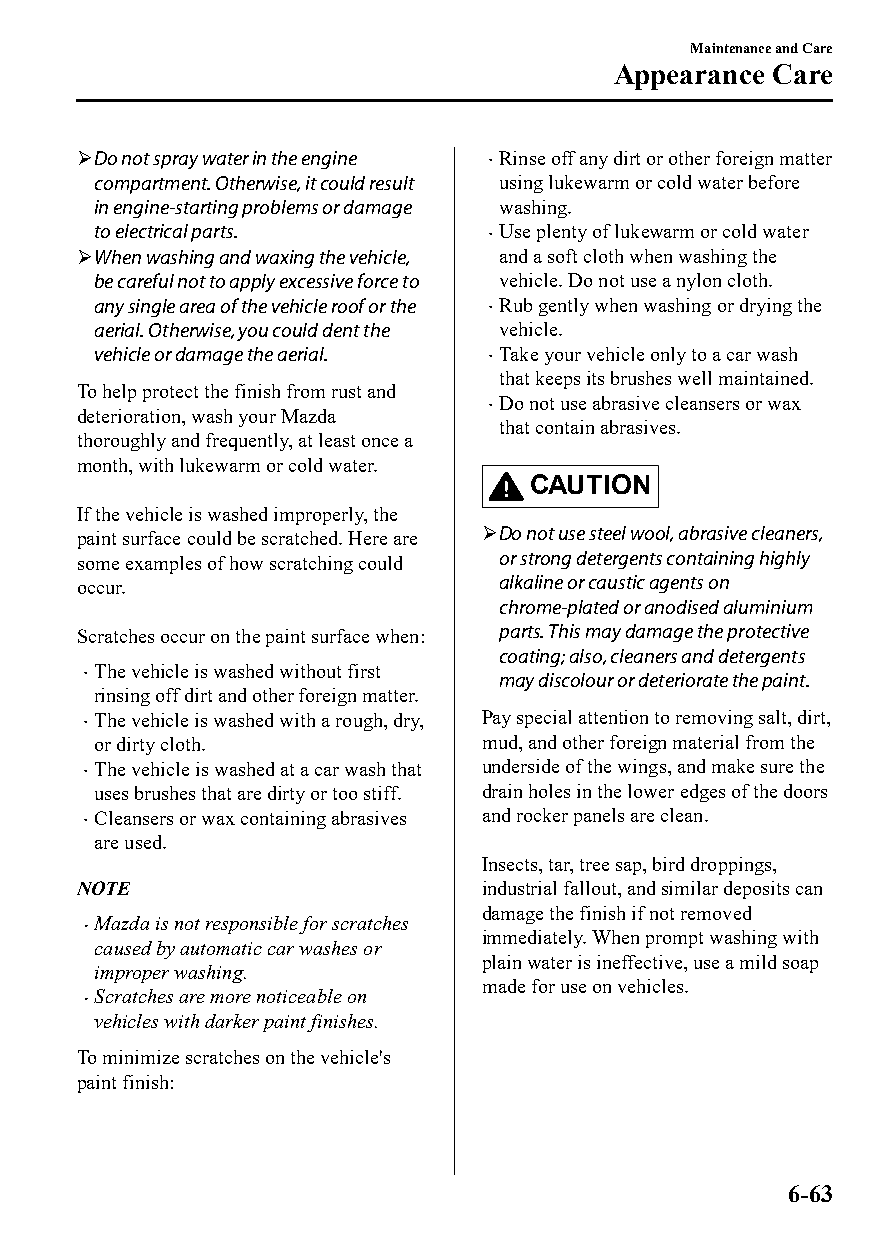
Maintenance and Care
 Appearance Care
 Do not spray water in the engine Rinse off any dirt or other foreign matter
 
 compartment. Otherwise, it could result using lukewarm or cold water before
 in engine-starting problems or damage washing.
 to electrical parts.       Use plenty of lukewarm or cold water
 
 When washing and waxing the vehicle, and a soft cloth when washing the
 be careful not to apply excessive force to vehicle. Do not use a nylon cloth.
 any single area of the vehicle roof or the Rub gently when washing or drying the
 
 aerial. Otherwise, you could dent the vehicle.
 vehicle or damage the aerial. Take your vehicle only to a car wash
 
 that keeps its brushes well maintained.
 To help protect the finish from rust and
 Do not use abrasive cleansers or wax
 deterioration, wash your Mazda 
 that contain abrasives.
 thoroughly and frequently, at least once a
 month, with lukewarm or cold water.
 CAUTION
 If the vehicle is washed improperly, the
 paint surface could be scratched. Here are Do not use steel wool, abrasive cleaners,
 some examples of how scratching could or strong detergents containing highly
 occur.                      alkaline or caustic agents on
 chrome-plated or anodised aluminium
 Scratches occur on the paint surface when: parts. This may damage the protective
 coating; also, cleaners and detergents
 The vehicle is washed without first
                            may discolour or deteriorate the paint.
 rinsing off dirt and other foreign matter.
 The vehicle is washed with a rough, dry, Pay special attention to removing salt, dirt,
 
 or dirty cloth.           mud, and other foreign material from the
 The vehicle is washed at a car wash that underside of the wings, and make sure the
 
 uses brushes that are dirty or too stiff. drain holes in the lower edges of the doors
 Cleansers or wax containing abrasives and rocker panels are clean.
 
 are used.
 Insects, tar, tree sap, bird droppings,
 NOTE                       industrial fallout, and similar deposits can
 damage the finish if not removed
 Mazda is not responsible for scratches
 
 immediately. When prompt washing with
 caused by automatic car washes or
 plain water is ineffective, use a mild soap
 improper washing.
 made for use on vehicles.
 Scratches are more noticeable on
 
 vehicles with darker paint finishes.
 To minimize scratches on the vehicle's
 paint finish:
 6-63
 CX-3_8GT4-EE-18D_Edition4                  2018-9-6 18:32:19